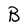
Character: B